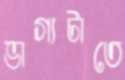
ভাগ্যটাতে